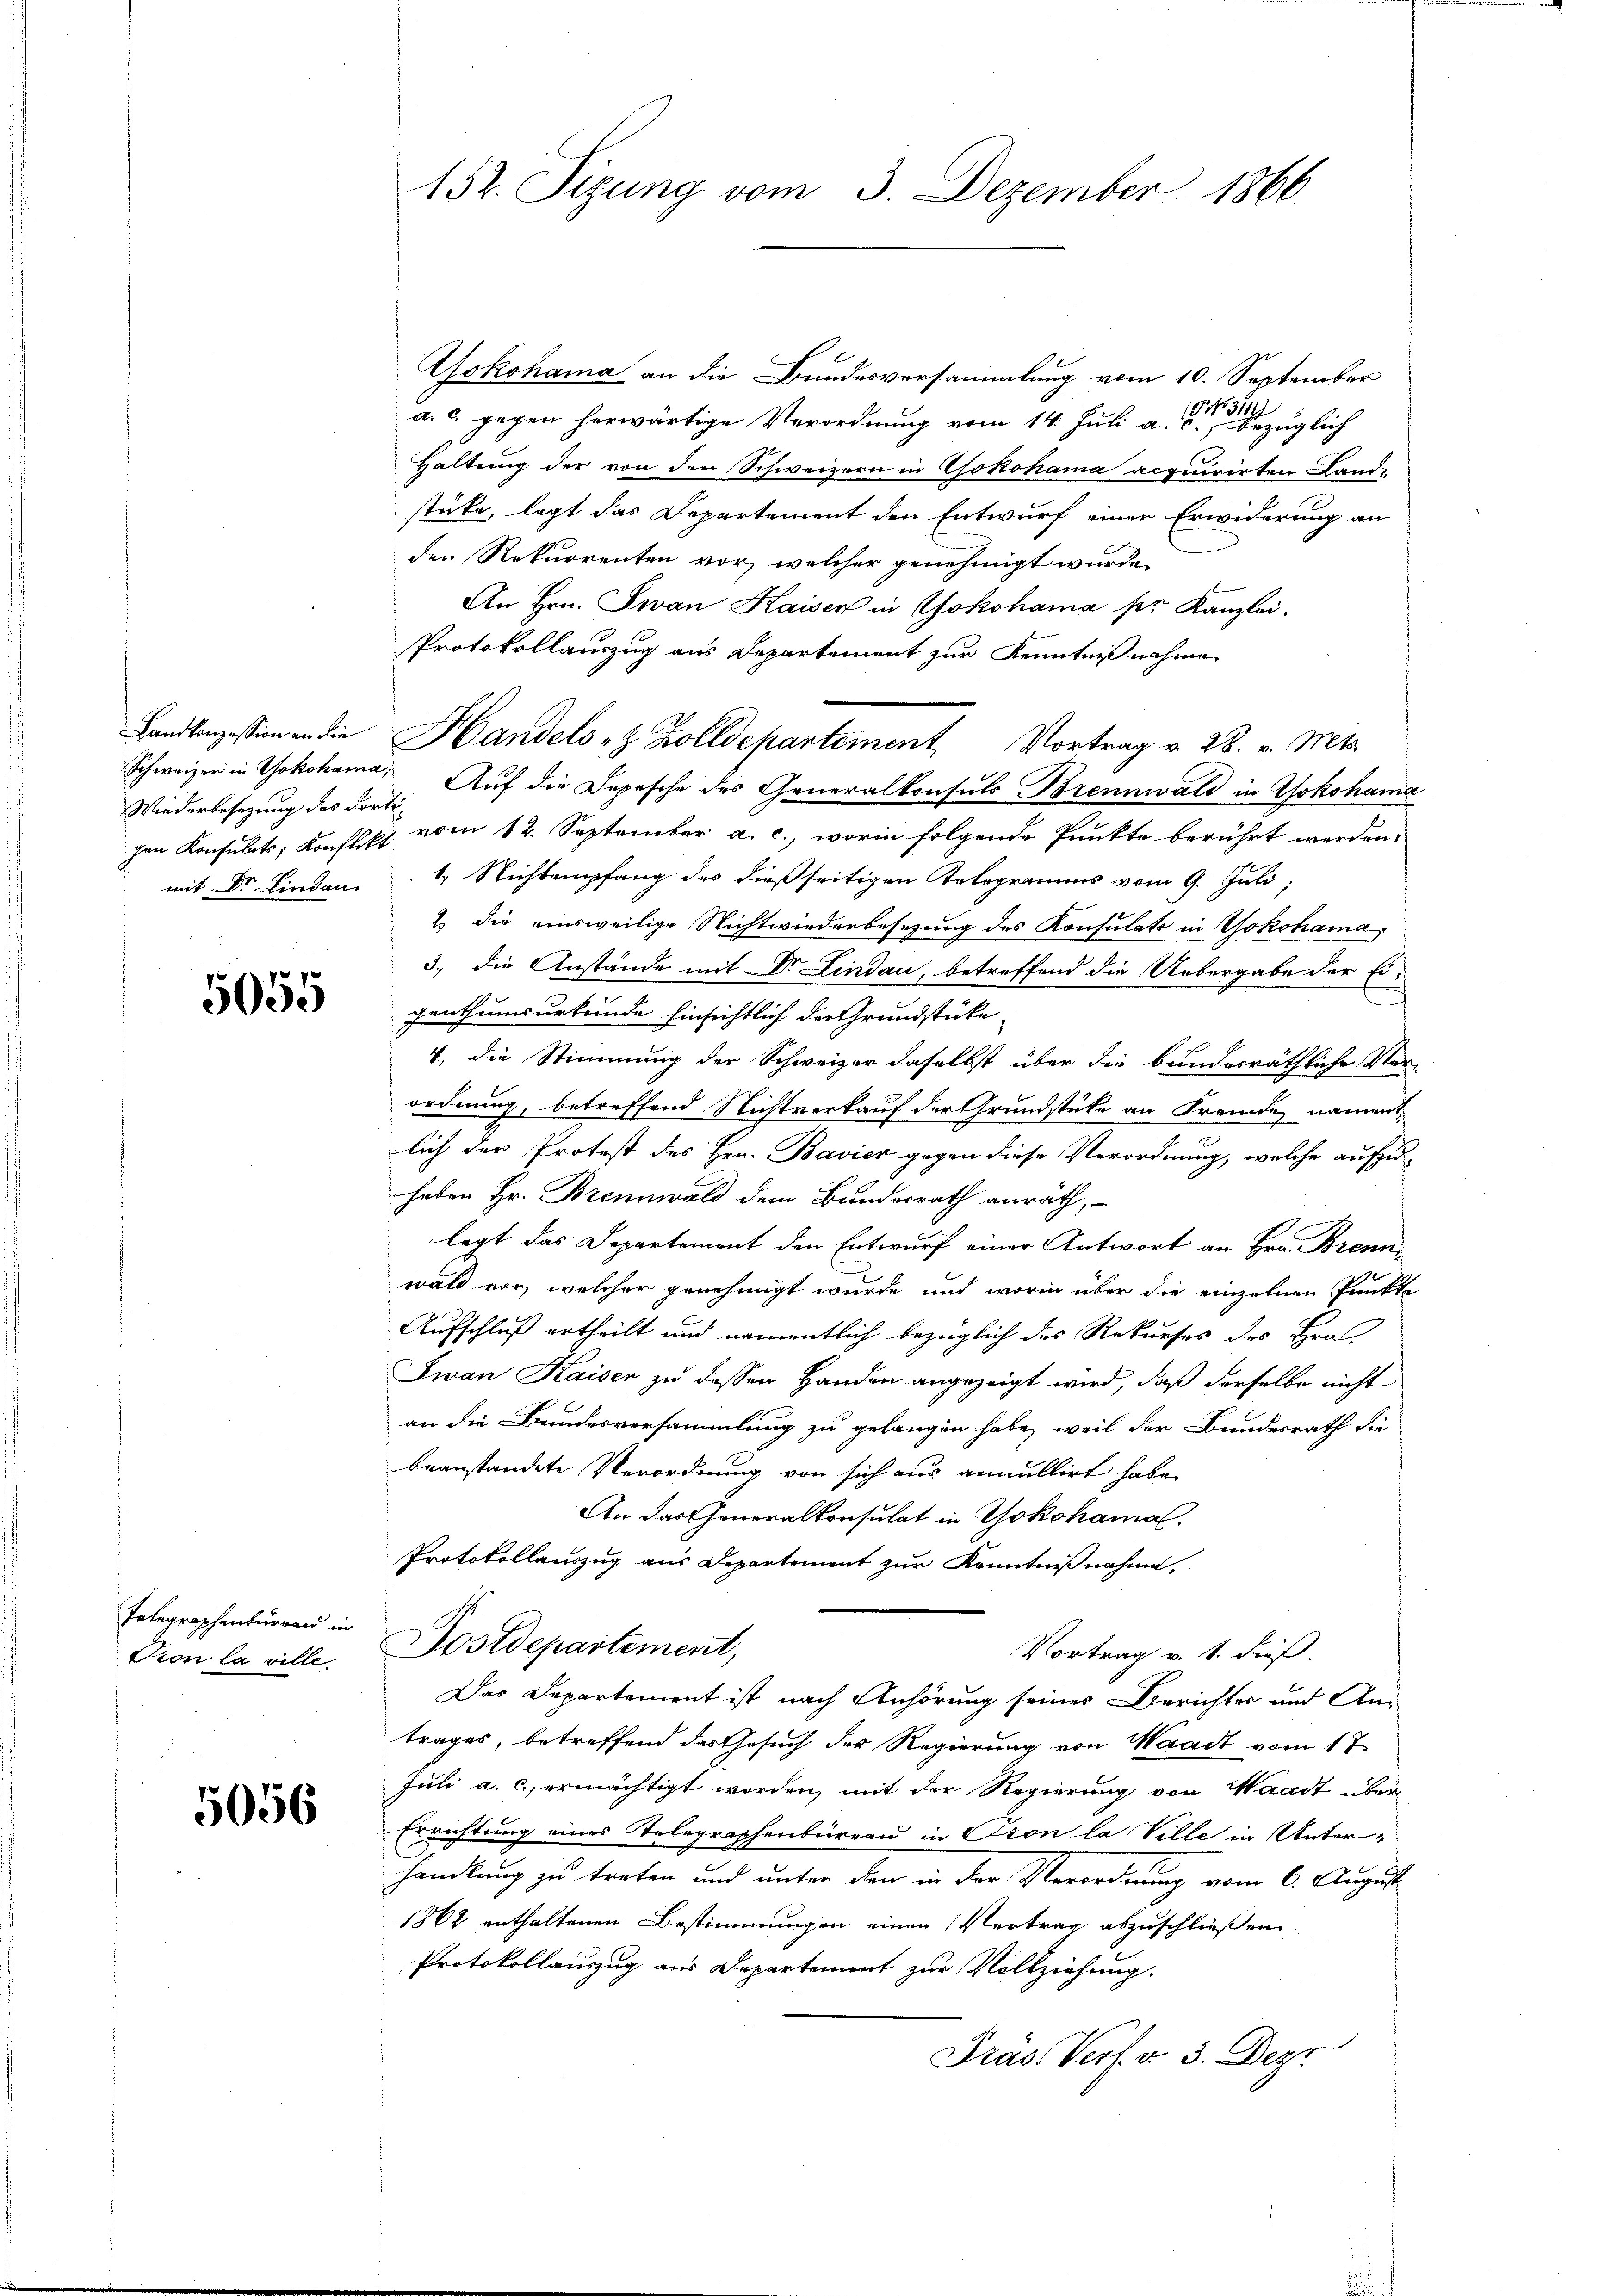
Wiederbesezung des dorti

5055

Telegraphenburgau in

5056

Yokohama an die Bundesversammlung vom 10. September
a. c. gegen herwärtige Verordnung vom 14. Juli a. bezüglich
Haltung der von den Schweizern in Yokohama acquirirten Land-
stüke, legt das Departement den Entwurf einer Erwiderung an
den Rekurrenten vor, welcher genehmigt wurde,
An Hrn. Jwan Kaisen in Yokohama pr. Kanzlei.
Protokollauszug aus Departement zur Kenntnißnahme
Landkonzession an die Handels z. Zolldepartement Vortrag v. 28. v. Mts.
Schweizer in Yokohama, Auf die Depesche des Generalkonsuls Brennwald in Yokohama
chen Konsulats, Konflikt vom 12. September a. c., worin folgende Punkte berührt werden.
mit Dr. Lindau 1 Nichtempfang des dießseitigen Telegramms vom 9. Juli,
2.) Die einsweilige Nichtwiederbesezung des Konsulats in Yokohama,
3., die Anstände mit Dr. Lindau, betreffend die Uebergabe der Ei-
s
genthumsurkunde hinsichtlich der Grundstücke
4., die Stimmung der Schweizer daselbst über die bundesräthliche Ver-
ordnung, betreffend Nichtverkauf der Grundstücke an Fremde, namentlich der Protest des Hrn. Bavier gegen diese Verordnung, welche aufzuhaben Hr. Brennwald dem Bundesrath anrath,
legt das Departement den Entwurf einer Antwort an Hrn. Brenn
wald vor, welcher genehmigt wurde und worin über die einzelnen Punkte
Aufschluß ertheilt und namentlich bezüglich das Rekurses des Hra
Jwan Kaiser zu dessen Handen angezeigt wird, daß derselbe nicht
an die Bundesversammlung zu gelangen habe, weil der Bundesrath die
beanstandete Verordnung von sich aus annullirt habe.
An das Generalkonsulat in Yokohamal
Protokollauszug aus Departement zur Kenntnißnahme,
Dion la ville. Postdepartement,
Vortrag v. 1. dieß.
Das Departement ist nach Anhörung seines Berichter und Antrages, betreffend das Gesuch der Regierung von Waadt vom 17.
Juli a. c., ermächtigt worden, mit der Regierung von Waadt über
Errichtung eines Telegraphenbüreau in Pron la Ville in Unterhandlung zu treten und unter den in der Verordnung vom 6. August
1862 enthaltenen Bestimmungen einen Vertrag abzuschließen.
Protokollauszug aus Departement zur Vollziehung.
Präs. Verf. v. 3. Dez.

152. Sizung vom 3. Dezember 1866.